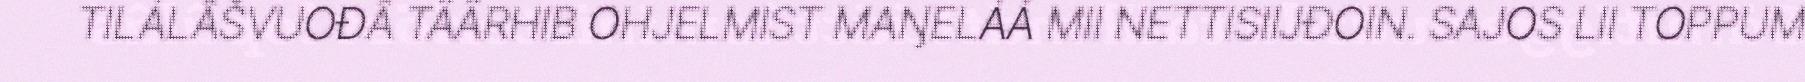
TILÁLÂŠVUOĐÂ TÄÄRHIB OHJELMIST MAŊELÁÁ MII NETTISIIJĐOIN. SAJOS LII TOPPUM